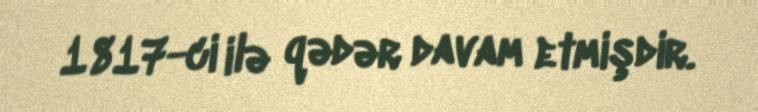
1817-ci ilə qədər davam etmişdir.